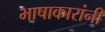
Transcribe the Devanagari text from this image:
भाषाकारांनी